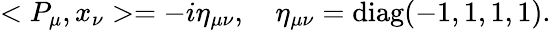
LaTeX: <P_{\mu},x_{\nu}>=-i\eta_{\mu\nu},\quad\eta_{\mu\nu}=\mathrm{diag}(-1,1,1,1).